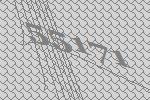
55171